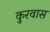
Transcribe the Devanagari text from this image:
कुरवास